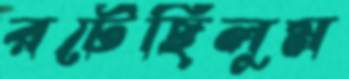
রটেছিলুম